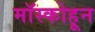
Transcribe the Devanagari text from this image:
मॉस्कोहून